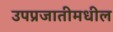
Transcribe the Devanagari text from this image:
उपप्रजातीमधील